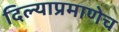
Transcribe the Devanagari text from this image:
दिल्याप्रमाणेच